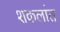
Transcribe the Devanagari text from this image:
शकलांत